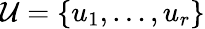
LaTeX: {\mathcal{U}}=\{ u_{1},\ldots,u_{r}\}